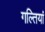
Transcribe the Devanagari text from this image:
गल्तियां